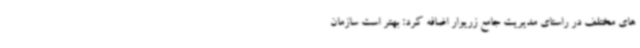
های مختلف در راستای مدیریت جامع زریوار اضافه کرد: بهتر است سازمان